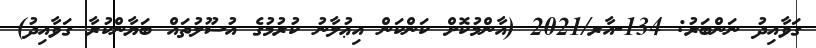
ގަވާއިދު ނަންބަރު: 134-އާރ/2021 (އާންމުކޮށް ކަންކަން އިޢުލާނު ކުރުމުގެ އުސޫލުތައް ބަޔާންކުރާ ގަވާއިދު)